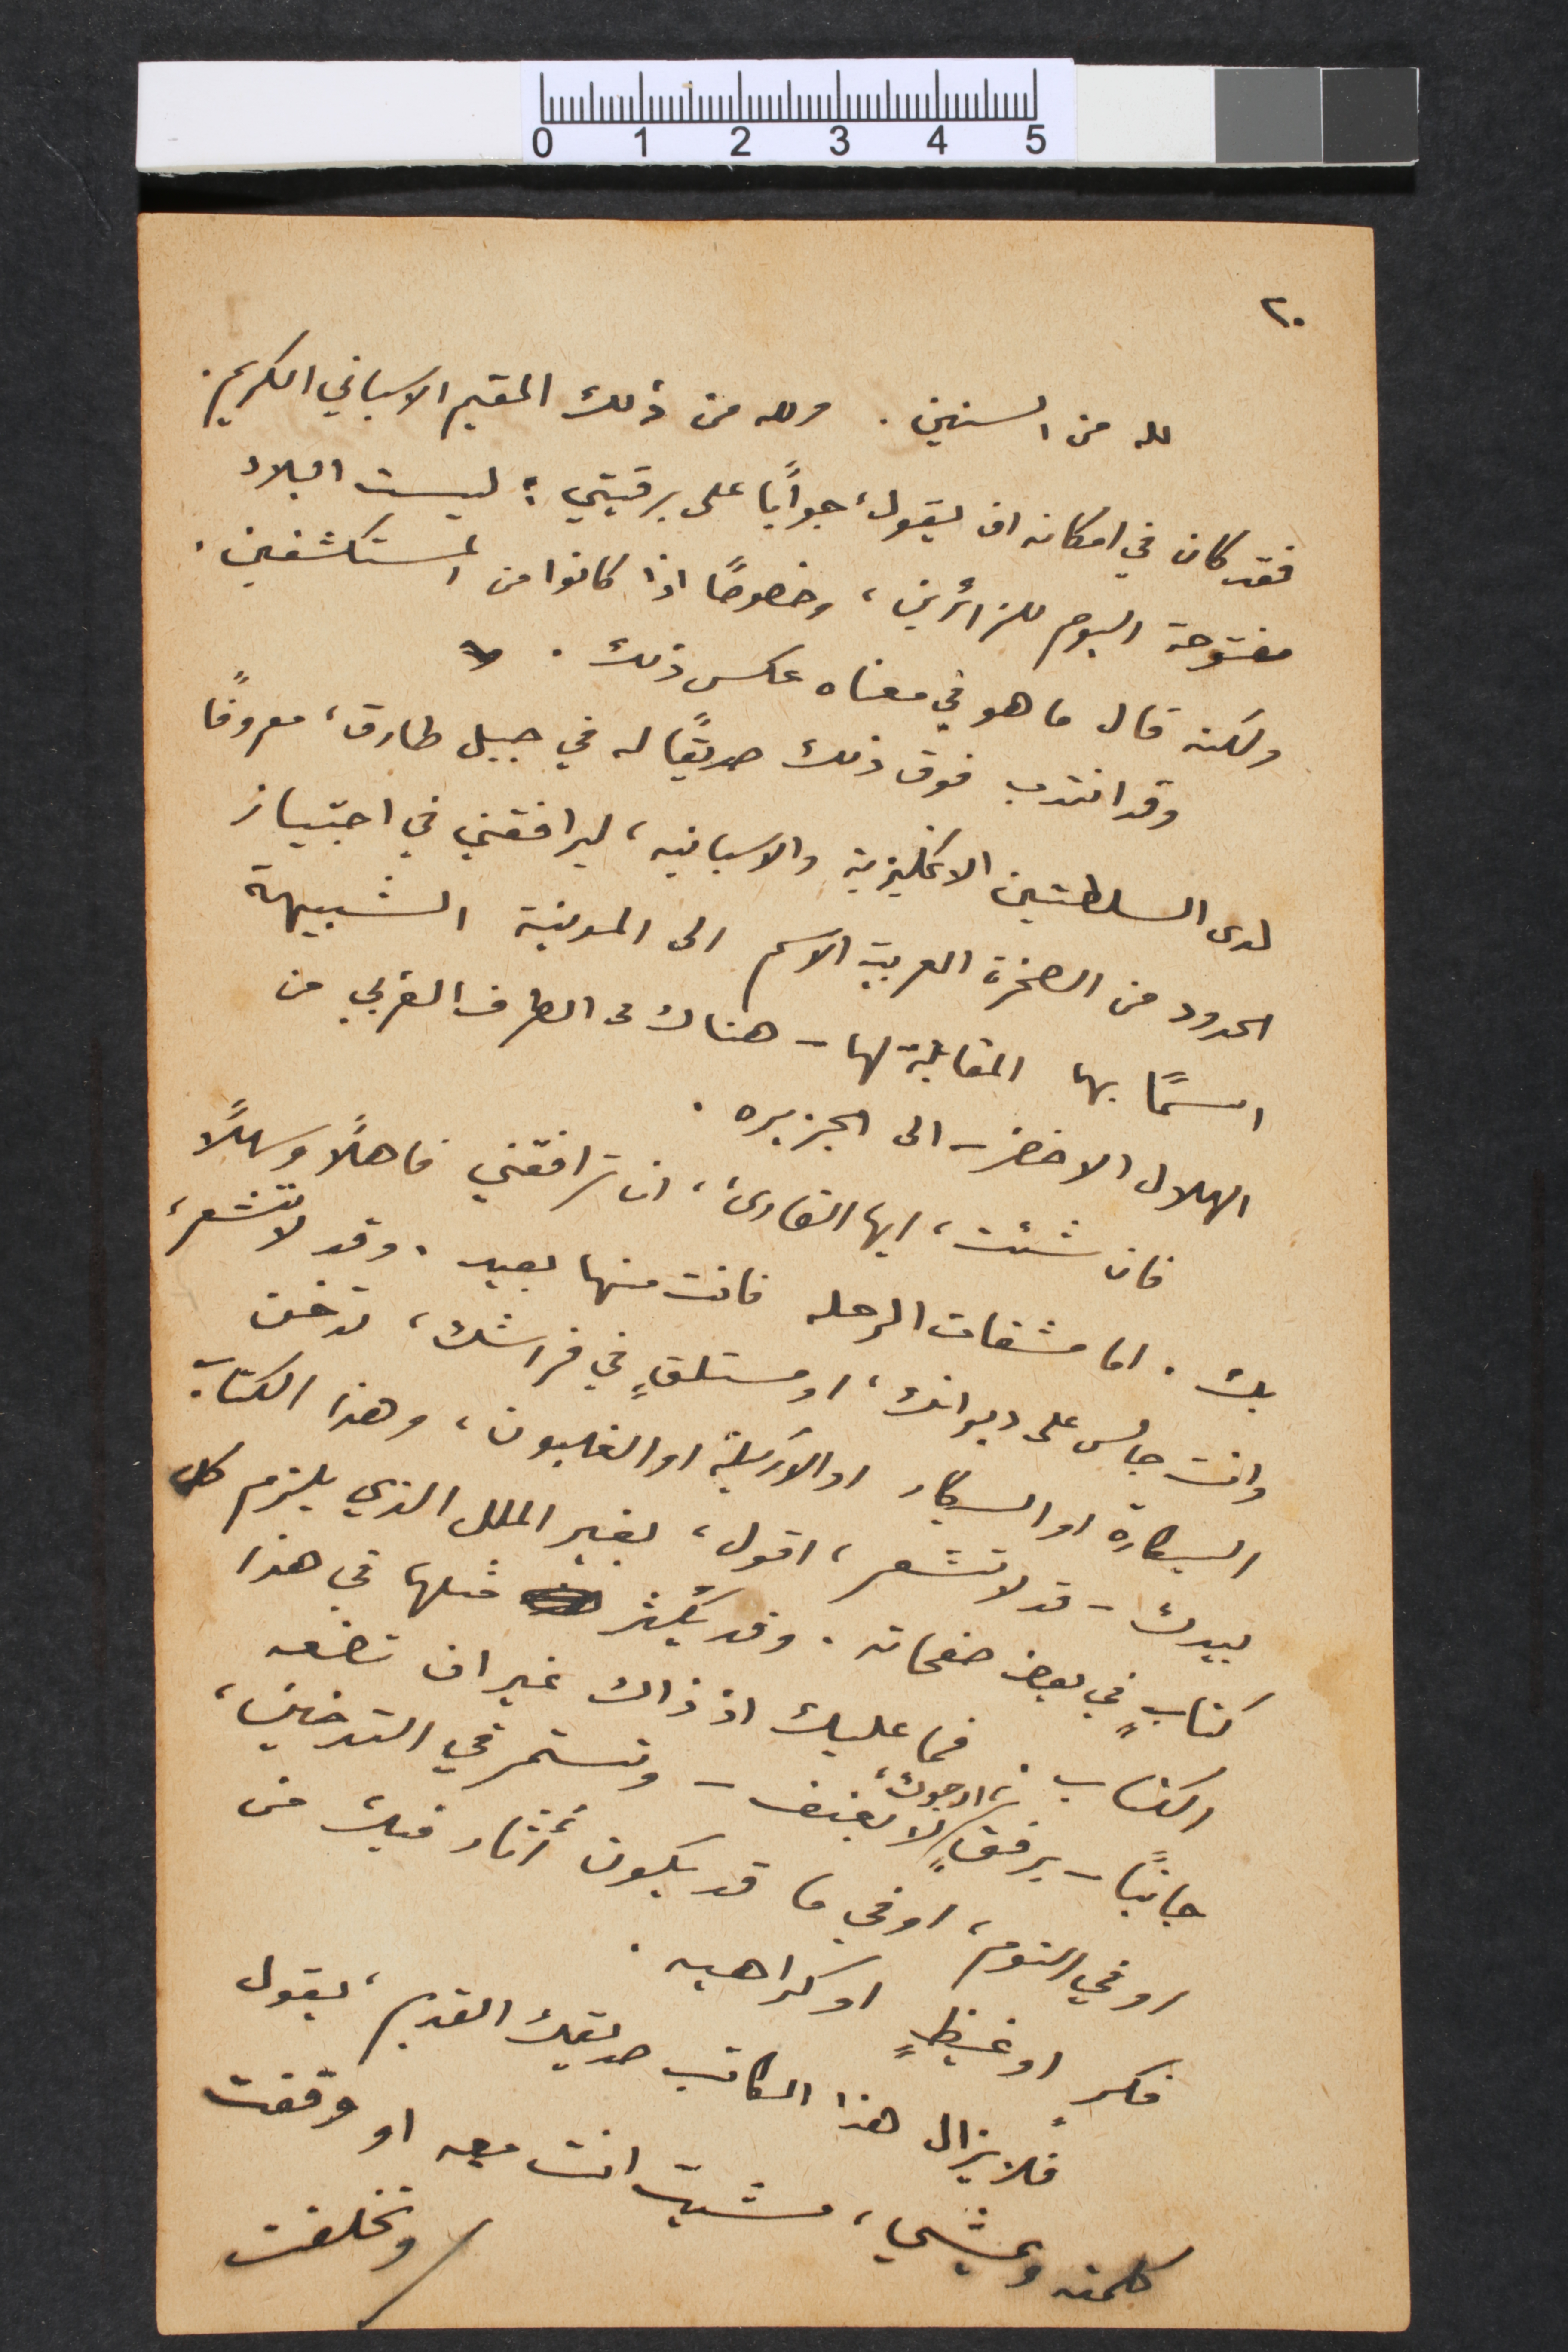
٢٠
لله من السنين. ولله من ذلك المقيم الاسباني الكريم.
فقد كان في امكانه ان يقول، جواباً على برقيتي: ليست البلاد
مفتوحة اليوم للزائرين، وخصوصاً اذا كانوا من المستكشفين.
ولكنه قال ما هو في معناه عكس ذلك.
وقد انتدب فوق ذلك صديقاً له في جبل طارق، معروفاً
لدى السلطتين الانكليزية والاسبانيه، ليرافقني في اجتياز
الحدود من الصخرة العربية الاسم الى المدنية الشبيهة
اسماً بها المقابلة لها – هناك من الطرف الغربي من
الهلال الاخضر – الى الجزيره.
فان شئت، ايها القارىء، ان ترافقني فاهلاً وسهلاً
بك. اما مشقات الرحله فانت منها بعيد. وقد لا تشعر،
وانت جالس على ديوانك، او مستلقٍ في فراشك، تدخن
السيكارة الو السيكار او الاركيلة او الغليون، وهذا الكتاب
بيدك – قد لا تشعر، اقول، بغير الملل الذي يلزم كل
كتابٍ في بعض صفحاته. وقد يَكثر مثلها في هذا
الكتاب. فما عليك اذ ذاك غير ان تضعه
جانباً – برفقٍ، ارجوك، لا بعنف – وتستمر في التدخين،
او في النوم، او في ما قد يكون أثار فيك من
فكرٍ او غيظٍ او كراهيه.
فلا يزال هذا الكاتب صديقك القديم، يقول
كلمته ويمشي، مشيت انت معه او وقفت
وتخلفت